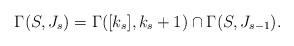
LaTeX: \begin{align*}\Gamma (S, J_s)= \Gamma ([k_s], k_s+1)\cap \Gamma (S, J_{s-1}).\end{align*}